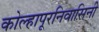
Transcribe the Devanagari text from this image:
कोल्हापूरनिवासिनी